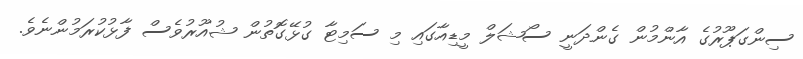
ސިންގަޕޫރުގެ އާންމުން ގެންދަނީ ސޯޝަލް މީޑިއާގައި މި ސަމިޓާ ގުޅޭގޮތުން ޝުއޫރުވެސް ފާޅުކުރަމުންނެވެ.